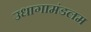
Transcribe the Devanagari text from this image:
उधागामंडलम